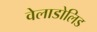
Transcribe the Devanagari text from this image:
वेलाडोलिड